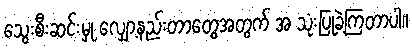
သွေးစီးဆင်းမှု လျှော့နည်းတာတွေအတွက် အ သုံးပြုခဲ့ကြတာပါ။